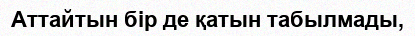
Аттайтын бір де қатын табылмады,